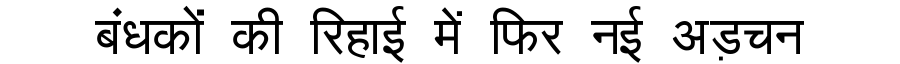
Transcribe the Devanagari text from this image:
बंधकों की रिहाई में फिर नई अड़चन